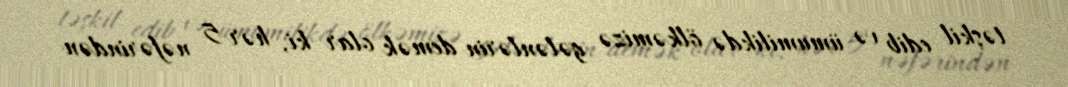
təşkil edib və ümumilikdə ölkəmizə gələnlərin demək olar ki, hər 5 nəfərindən